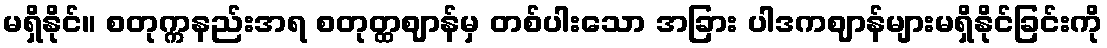
မရှိနိုင်။ စတုက္ကနည်းအရ စတုတ္ထဈာန်မှ တစ်ပါးသော အခြား ပါဒကဈာန်များမရှိနိုင်ခြင်းကို